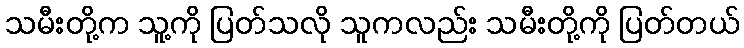
သမီးတို့က သူ့ကို ပြတ်သလို သူကလည်း သမီးတို့ကို ပြတ်တယ်